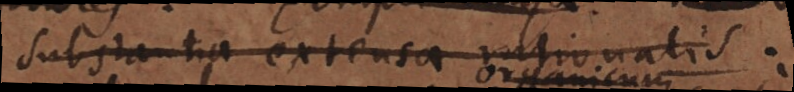
substantia extensa rationalis: